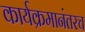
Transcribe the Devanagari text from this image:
कार्यक्रमानंतरच